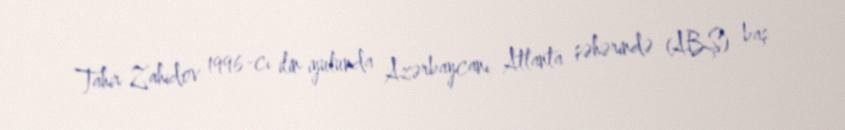
Tahir Zahidov 1996-cı ilin iyulunda Azərbaycanı Atlanta şəhərində (ABŞ) baş